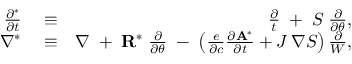
\begin{array} { r l r } { \frac { \partial ^ { * } } { \partial t } } & { { } \equiv } & { \frac { \partial } { t } \; + \; { \cal S } \; \frac { \partial } { \partial \theta } , } \\ { \nabla ^ { * } } & { { } \equiv } & { \nabla \; + \; { \bf R } ^ { * } \; \frac { \partial } { \partial \theta } \; - \; \left( \frac { e } { \partial c } \frac { \partial { \bf A } ^ { * } } { \partial t } + J \, \nabla { \cal S } \right) \frac { \partial } { W } , } \end{array}